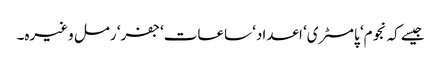
جیسے کہ نجوم‘ پامسٹری‘ اعداد‘ ساعات‘ جفر‘ رمل وغیرہ۔